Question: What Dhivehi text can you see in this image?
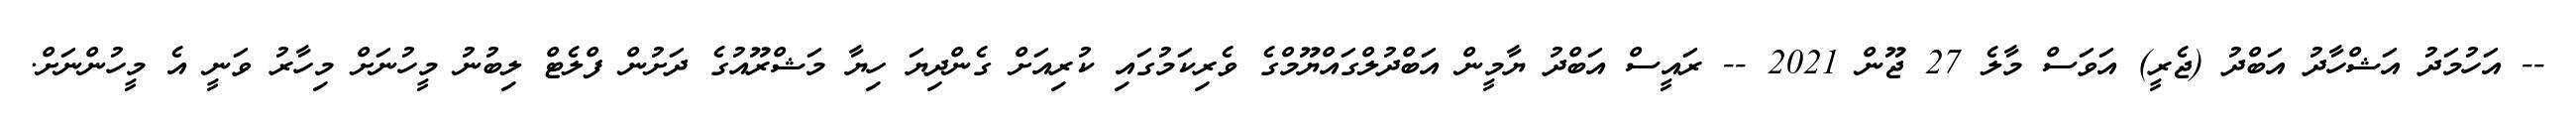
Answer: -- އަހުމަދު އަޝްހާދު އަބްދު (ޖެރީ) އަވަސް މާލެ 27 ޖޫން 2021 -- ރައީސް އަބްދު ޔާމީން އަބްދުލްގައްޔޫމްގެ ވެރިކަމުގައި ކުރިއަށް ގެންދިޔަ ހިޔާ މަޝްރޫއުގެ ދަށުން ފްލެޓް ލިބުނު މީހުނަށް މިހާރު ވަނީ އެ މީހުންނަށް.